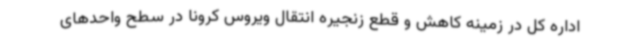
اداره کل در زمینه کاهش و قطع زنجیره انتقال ویروس کرونا در سطح واحدهای